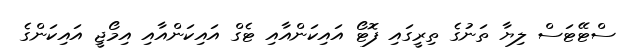
ސްޓޭޓަސް ލިޔާ ތަނުގެ ތިރީގައި ފޮޓޯ އައިކަންއާއި ޓެގް އައިކަންއާއި އިމޯޖީ އައިކަންގެ